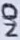
Text: N/O